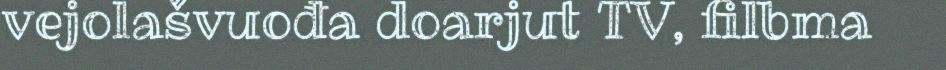
vejolašvuođa doarjut TV, filbma